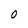
Character: O